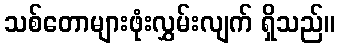
သစ်တောများဖုံးလွှမ်းလျက် ရှိသည်။